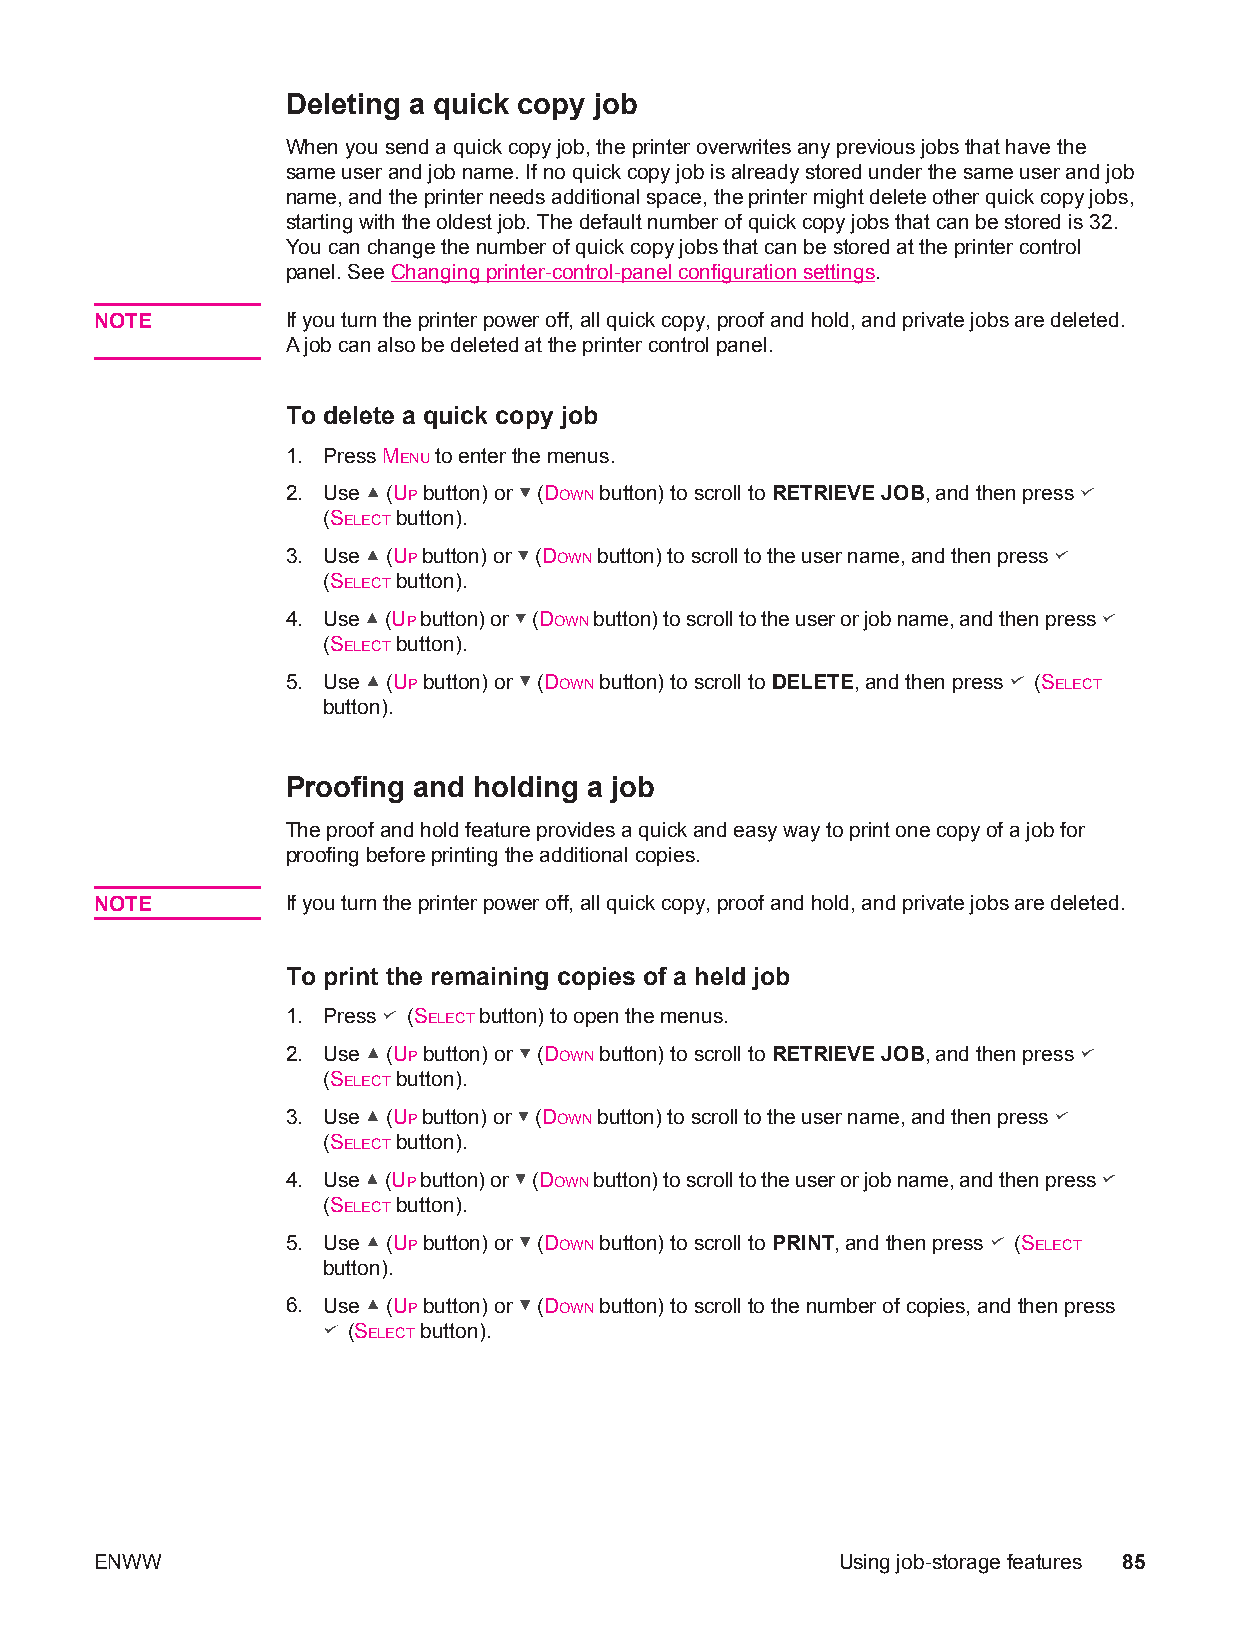
Deleting a quick copy job
 When you send a quick copy job, the printer overwrites any previous jobs that have the
 same user and job name. If no quick copy job is already stored under the same user and job
 name, and the printer needs additional space, the printer might delete other quick copy jobs,
 starting with the oldest job. The default number of quick copy jobs that can be stored is 32.
 You can change the number of quick copy jobs that can be stored at the printer control
 panel. See Changing printer-control-panel configuration settings.
 NOTE         If you turn the printer power off, all quick copy, proof and hold, and private jobs are deleted.
 A job can also be deleted at the printer control panel.
 To delete a quick copy job
 1. Press MENU to enter the menus.
 2. Use (UP button) or (DOWN button) to scroll to RETRIEVE JOB, and then press
 (SELECT button).
 3. Use (UP button) or (DOWN button) to scroll to the user name, and then press
 (SELECT button).
 4. Use (UP button) or (DOWN button) to scroll to the user or job name, and then press
 (SELECT button).
 5. Use (UP button) or (DOWN button) to scroll to DELETE, and then press (SELECT
 button).
 Proofing and holding a job
 The proof and hold feature provides a quick and easy way to print one copy of a job for
 proofing before printing the additional copies.
 NOTE         If you turn the printer power off, all quick copy, proof and hold, and private jobs are deleted.
 To print the remaining copies of a held job
 1. Press (SELECT button) to open the menus.
 2. Use (UP button) or (DOWN button) to scroll to RETRIEVE JOB, and then press
 (SELECT button).
 3. Use (UP button) or (DOWN button) to scroll to the user name, and then press
 (SELECT button).
 4. Use (UP button) or (DOWN button) to scroll to the user or job name, and then press
 (SELECT button).
 5. Use (UP button) or (DOWN button) to scroll to PRINT, and then press (SELECT
 button).
 6. Use (UP button) or (DOWN button) to scroll to the number of copies, and then press
 (SELECT button).
 ENWW                                             Using job-storage features 85